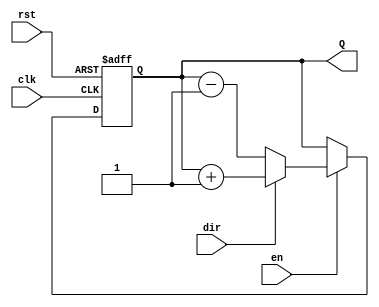
module binary_counter #(
    parameter N = 4 // Counter width (number of bits)
)(
    input clk,         // Clock signal
    input rst,         // Asynchronous reset
    input en,          // Enable signal
    input dir,         // Count direction: 1 for up, 0 for down
    output reg [N-1:0] Q // Counter output
);

// Always block triggered by the clock signal
always @(posedge clk or posedge rst) begin
    if (rst) begin
        // Asynchronous reset: set count to 0
        Q <= {N{1'b0}};
    end else if (en) begin
        // Counting logic
        if (dir) begin
            // Count up
            Q <= Q + 1;
        end else begin
            // Count down
            Q <= Q - 1;
        end
    end
end

endmodule